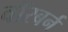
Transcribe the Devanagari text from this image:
वॉरबर्न